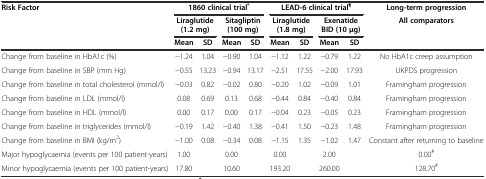
| Risk Factor | <COLSPAN=4> 1860 clinical trial* | <COLSPAN=4> LEAD-6 clinical trial¶ | Long-term progression |
 |  | <COLSPAN=2> Liraglutide (1.2 mg) | <COLSPAN=2> Sitagliptin (100 mg) | <COLSPAN=2> Liraglutide (1.8 mg) | <COLSPAN=2> Exenatide BID (10 μg) | All comparators |
 |  | Mean | SD | Mean | SD | Mean | SD | Mean | SD |  |
 | --- | --- | --- | --- | --- | --- | --- | --- | --- | --- |
 | Change from baseline in HbA1c (%) | −1.24 | 1.04 | −0.90 | 1.04 | −1.12 | 1.22 | −0.79 | 1.22 | No HbA1c creep assumption |
 | Change from baseline in SBP (mm Hg) | −0.55 | 13.23 | −0.94 | 13.17 | −2.51 | 17.55 | −2.00 | 17.93 | UKPDS progression |
 | Change from baseline in total cholesterol (mmol/l) | −0.03 | 0.82 | −0.02 | 0.80 | −0.20 | 1.02 | −0.09 | 1.01 | Framingham progression |
 | Change from baseline in LDL (mmol/l) | 0.08 | 0.69 | 0.13 | 0.68 | −0.44 | 0.84 | −0.40 | 0.84 | Framingham progression |
 | Change from baseline in HDL (mmol/l) | 0.00 | 0.17 | 0.00 | 0.17 | −0.04 | 0.23 | −0.05 | 0.23 | Framingham progression |
 | Change from baseline in triglycerides (mmol/l) | −0.19 | 1.42 | −0.40 | 1.38 | −0.41 | 1.50 | −0.23 | 1.48 | Framingham progression |
 | Change from baseline in BMI (kg/m2) | −1.00 | 0.08 | −0.34 | 0.08 | −1.15 | 1.35 | −1.02 | 1.47 | Constant after returning to baseline |
 | Major hypoglycaemia (events per 100 patient-years) | 1.00 |  | 0.00 |  | 0.00 |  | 2.00 |  | 0.00# |
 | Minor hypoglycaemia (events per 100 patient-years) | 17.80 |  | 10.60 |  | 193.20 |  | 260.00 |  | 128.70# |